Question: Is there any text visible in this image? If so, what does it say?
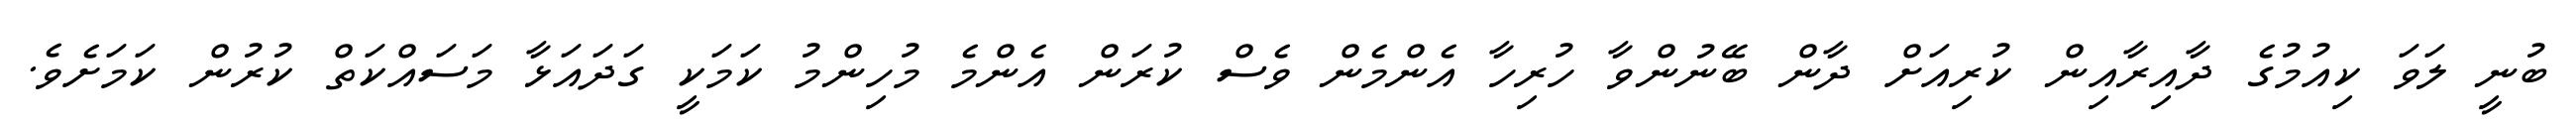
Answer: ބުނީ ލަވަ ކިއުމުގެ ދާއިރާއިން ކުރިއަށް ދާން ބޭނުންވާ ހުރިހާ އެންމެން ވެސް ކުރަން އެންމެ މުހިންމު ކަމަކީ ގަދައަޅާ މަސައްކަތް ކުރުން ކަމަށެވެ.